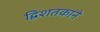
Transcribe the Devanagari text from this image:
द्विशतकाने